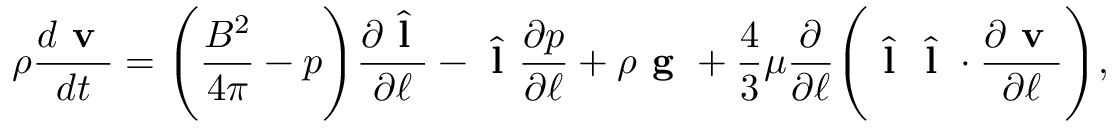
\rho \frac { d \textbf { v } } { d t } = \Bigg ( \frac { B ^ { 2 } } { 4 \pi } - p \Bigg ) \frac { \partial \hat { \textbf { l } } } { \partial \ell } - \hat { \textbf { l } } \frac { \partial p } { \partial \ell } + \rho \textbf { g } + \frac { 4 } { 3 } \mu \frac { \partial } { \partial \ell } \Bigg ( \hat { \textbf { l } } \hat { \textbf { l } } \cdot \frac { \partial \textbf { v } } { \partial \ell } \Bigg ) ,